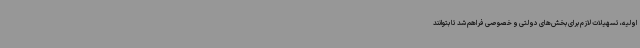
اولیه، تسهیلات لازم برای بخش‌های دولتی و خصوصی فراهم شد تا بتوانند